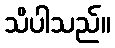
သိပါသည်။